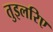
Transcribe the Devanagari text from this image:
तुइलरिए